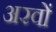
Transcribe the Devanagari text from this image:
अरवों